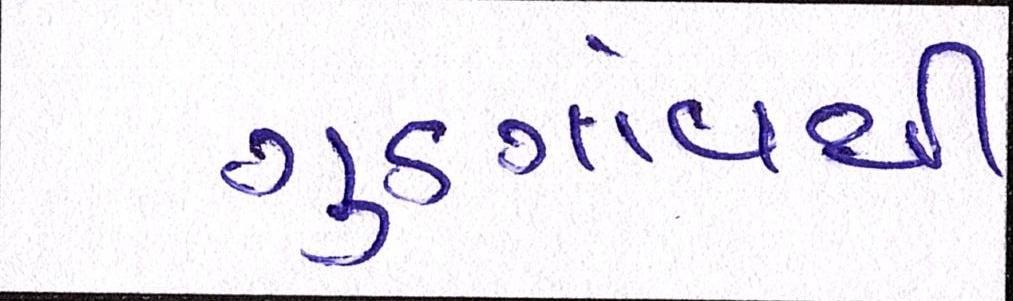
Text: ગુડગાંવથી